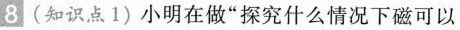
8(知识点1)小明在做“探究什么情况下磁可以